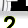
Digit: 2